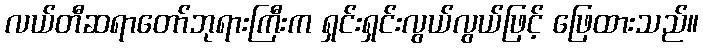
လယ်တီဆရာတော်ဘုရားကြီးက ရှင်းရှင်းလွယ်လွယ်ဖြင့် ဖြေထားသည်။